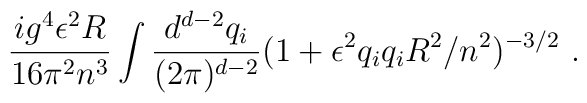
\frac{i g^4 \epsilon^2 R}{16 \pi^2 n^3} \int\frac{d^{d-2}q_i}{(2\pi)^{d-2}} (1 + \epsilon^2 q_i q_i R^2 / n^2)^{-3/2}\ .